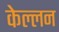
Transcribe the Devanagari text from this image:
केल्लन